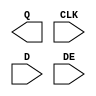
module sky130_fd_sc_ms__edfxtp (
    Q  ,
    CLK,
    D  ,
    DE
);

    output Q  ;
    input  CLK;
    input  D  ;
    input  DE ;

    // Voltage supply signals
    supply1 VPWR;
    supply0 VGND;
    supply1 VPB ;
    supply0 VNB ;

endmodule